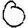
Digit: 0